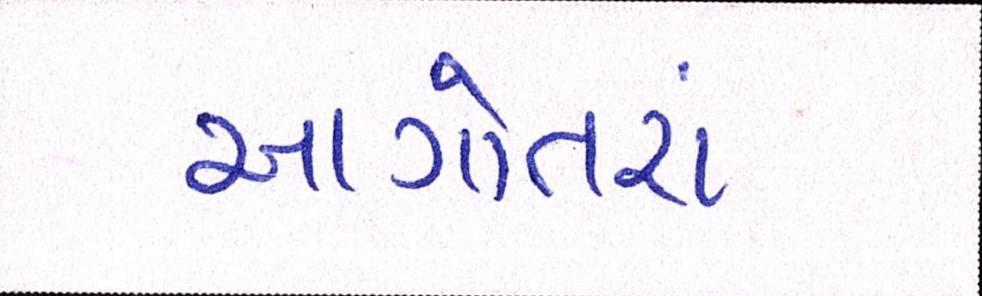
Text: આગોતરાં